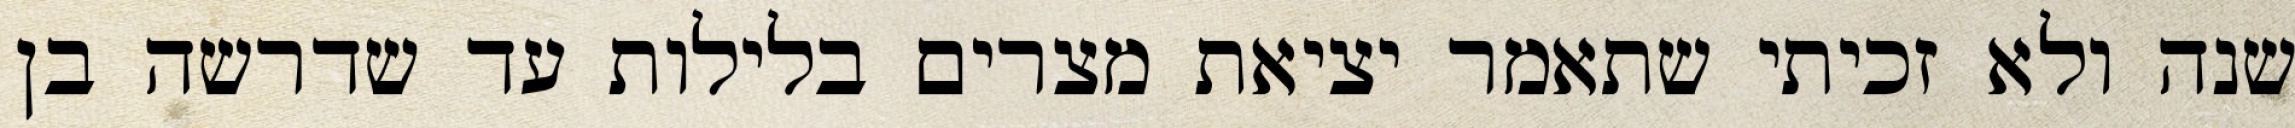
שנה ולא זכיתי שתאמר יציאת מצרים בלילות עד שדרשה בן